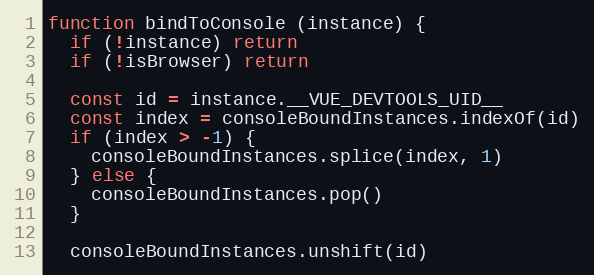
Language: JavaScript
function bindToConsole (instance) {
  if (!instance) return
  if (!isBrowser) return

  const id = instance.__VUE_DEVTOOLS_UID__
  const index = consoleBoundInstances.indexOf(id)
  if (index > -1) {
    consoleBoundInstances.splice(index, 1)
  } else {
    consoleBoundInstances.pop()
  }

  consoleBoundInstances.unshift(id)